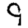
Digit: 9